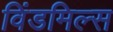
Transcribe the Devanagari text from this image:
विंडमिल्स